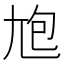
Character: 𡯡